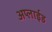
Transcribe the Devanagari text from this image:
अप्‍लाईड